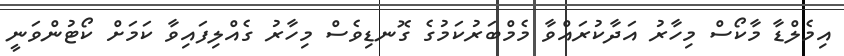
އިމެލްޑާ މާކޯސް މިހާރު އަދާކުރައްވާ މެމްބަރުކަމުގެ ގޮނޑިވެސް މިހާރު ގެއްލިފައިވާ ކަމަށް ކޯޓުންވަނީ